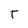
Character: t